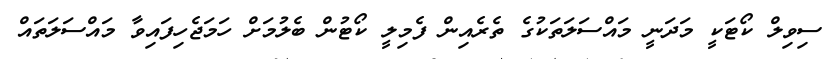
ސިވިލް ކޯޓަކީ މަދަނީ މައްސަލަތަކުގެ ތެރެއިން ފެމިލީ ކޯޓުން ބެލުމަށް ހަމަޖެހިފައިވާ މައްސަލަތައް